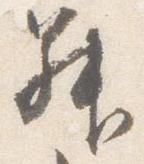
昇